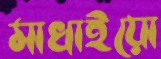
মাখাইয়ো